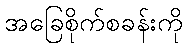
အခြေစိုက်စခန်းကို